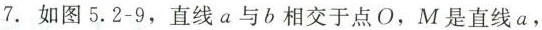
7.如图5.2-9，直线a与b相交于点O，M是直线a，